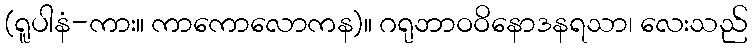
(ရူပါနံ-ကား။ ကာကောလောကန)။ ဂရုဘာဝဝိနောဒနရသာ၊ လေးသည်